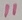
Text: 11